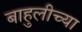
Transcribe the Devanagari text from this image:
बाहुलीच्या